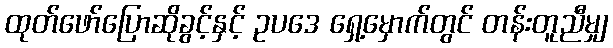
ထုတ်ဖော်ပြောဆိုခွင့်နှင့် ဥပဒေ ရှေ့မှောက်တွင် တန်းတူညီမျှ